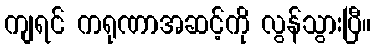
ကျရင် ကရုဏာအဆင့်ကို လွန်သွားပြီ။